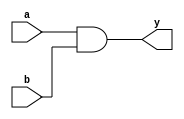
module combinational_logic (
    input wire a,        // First input
    input wire b,        // Second input
    output reg y        // Output
);

// Always block for combinational logic
always @ (a or b) begin
    // Immediate assignment
    y = a & b;          // Output y is the AND of inputs a and b
end

endmodule